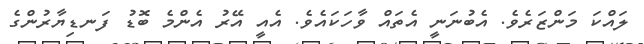
ލައްކަ މަންޒަރެވެ. އެބުނަނީ އެތައް ވާހަކައެވެ. އެއީ އޭރު އެންމެ ބޮޑު ފަނޑިޔާރުންގެ